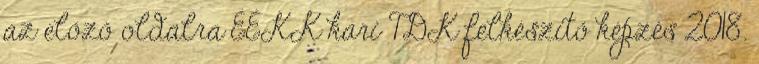
az előző oldalra ÉÉKK kari TDK felkészítő képzés 2018.